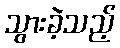
သွားခဲ့သည့်